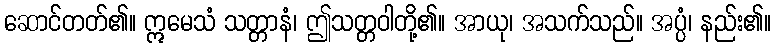
ဆောင်တတ်၏။ ဣမေသံ သတ္တာနံ၊ ဤသတ္တဝါတို့၏။ အာယု၊ အသက်သည်။ အပ္ပံ၊ နည်း၏။